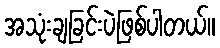
အသုံးချခြင်းပဲဖြစ်ပါတယ်။